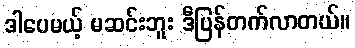
ဒါပေမယ့် မဆင်းဘူး ဒီပြန်တက်လာတယ်။